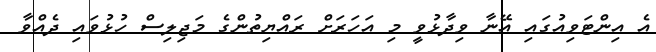
އެ އިންޓަވިއުގައި އޭނާ ވިދާޅުވީ މި އަހަރަށް ރައްޔިތުންގެ މަޖިލިސް ހުޅުވައި ދެއްވާ